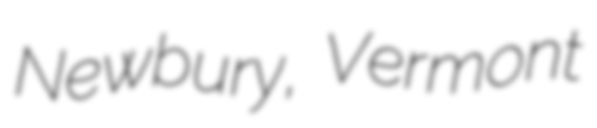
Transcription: Newbury, Vermont